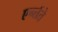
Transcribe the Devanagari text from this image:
एन्तेंते